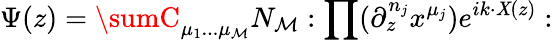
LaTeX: \Psi(z)=\sumC_{\mu_{1}...\mu_{\mathcal{M}}}N_{\mathcal{M}}:\prod(\partial_{z}^{n_{j}}x^{\mu_{j}})e^{ik\cdot\mathit{X}(z)}: